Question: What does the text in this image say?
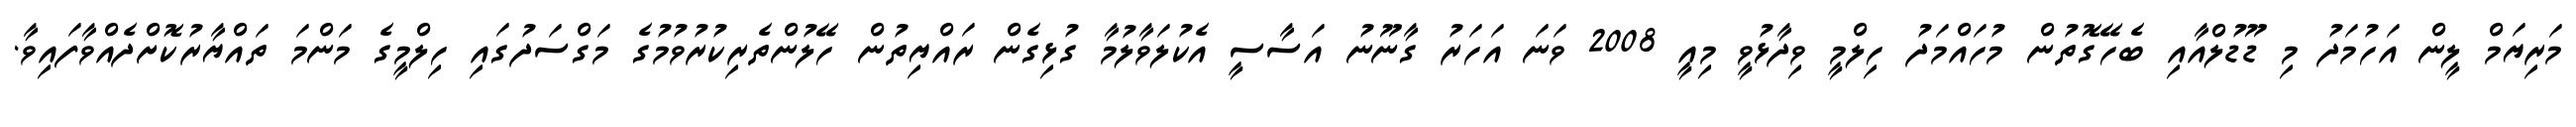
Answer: މަރިޔަމް ލީން އަހުމަދު މި ޑޫޑުލްއާއި ބެހޭގޮތުން މުހައްމަދު ހިލްމީ ވިދާޅުވީ މިއީ 2008 ވަނަ އަހަރު ގާނޫނު އަސާސީ އެކުލަވާލުމާ ގުޅިގެން ރައްޔިތުން ހޭލުންތެރިކުރުވުމުގެ މަގްސަދުގައި ހިލްމީގެ މަންމަ ތައްޔާރުކޮށްދެއްވާފައިވާ.